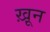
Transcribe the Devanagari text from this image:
ख़़ून